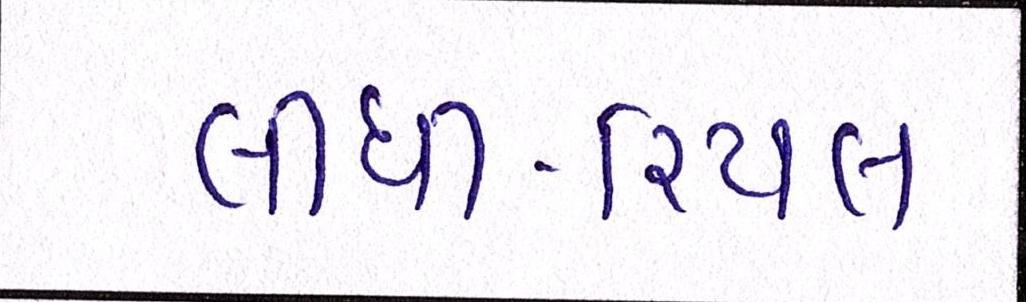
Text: લીધી-રિયલ